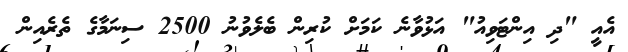
އެއީ "ދި އިންޓަވިއު" އަޅުވާނެ ކަމަށް ކުރިން ބެލެވުނު 2500 ސިނަމާގެ ތެރެއިން